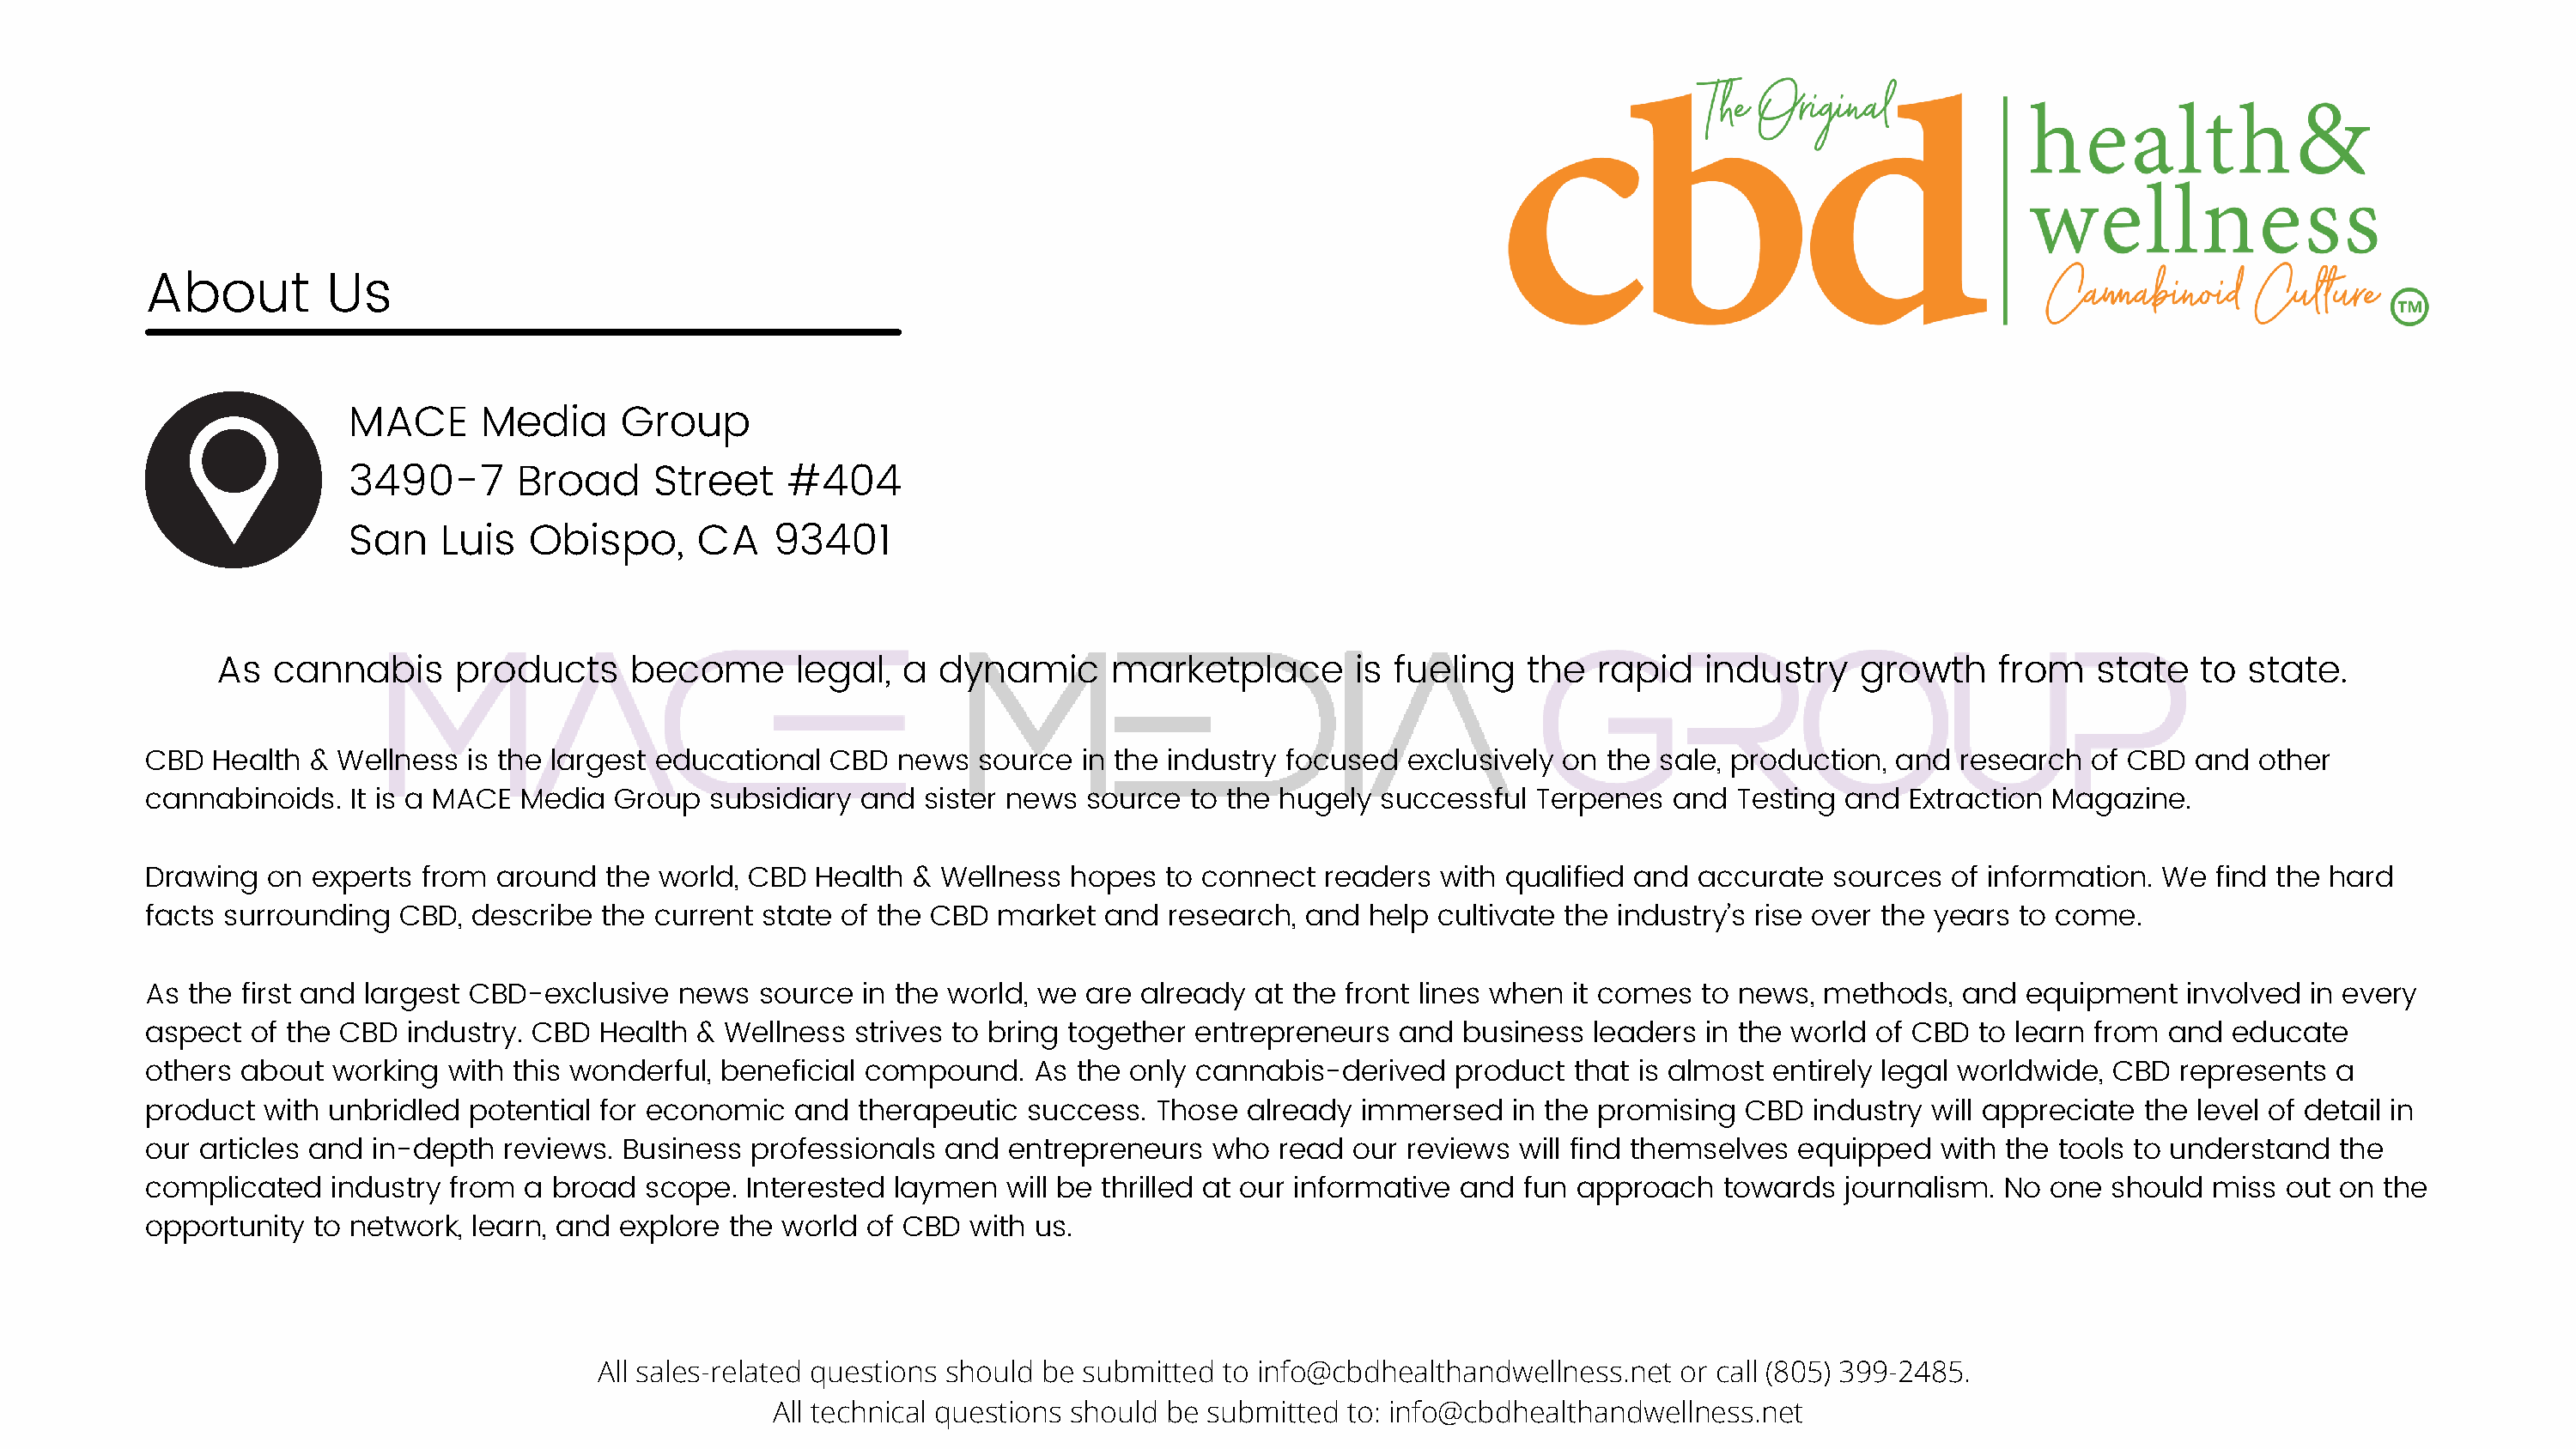
About         Us
 MACE      Media      Group
 3490-7       Broad     Street     #404
 San    Luis   Obispo,      CA    93401
 As  cannabis      products      become      legal,   a dynamic       marketplace       is fueling    the  rapid   industry    growth     from    state   to state.
 CBD  Health  & Wellness  is the largest educational  CBD  news  source  in the industry focused  exclusively on  the sale, production, and  research  of CBD  and  other
 cannabinoids.   It is a MACE Media  Group   subsidiary and  sister news  source  to the hugely successful  Terpenes   and  Testing and  Extraction Magazine.
 Drawing   on experts from  around   the world, CBD  Health & Wellness   hopes  to connect  readers  with qualified and  accurate  sources  of information.  We  find the hard
 facts surrounding   CBD, describe  the current  state of the CBD  market  and  research,  and  help cultivate the industry’s rise over the years to come.
 As the  first and largest CBD-exclusive  news   source in the world, we  are already  at the front lines when it comes  to news,  methods,  and  equipment    involved in every
 aspect  of the CBD  industry. CBD  Health  & Wellness  strives to bring together entrepreneurs   and  business  leaders in the world  of CBD  to learn from and  educate
 others  about  working  with this wonderful, beneficial compound.    As the only cannabis-derived    product  that is almost  entirely legal worldwide, CBD  represents  a
 product  with unbridled  potential for economic   and  therapeutic  success.  Those  already  immersed    in the promising  CBD  industry will appreciate the level of detail in
 our articles and  in-depth  reviews. Business  professionals  and  entrepreneurs  who   read our reviews  will find themselves  equipped   with the tools to understand  the
 complicated    industry from a  broad  scope.  Interested laymen   will be thrilled at our informative and fun approach   towards  journalism.  No one  should  miss out on  the
 opportunity  to network, learn, and  explore the world  of CBD  with us.
 All sales-related questions should be submitted to info@cbdhealthandwellness.net    or call (805) 399-2485.
 All technical questions should be submitted to: info@cbdhealthandwellness.net